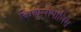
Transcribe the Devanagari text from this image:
किव्युलोपोलिस